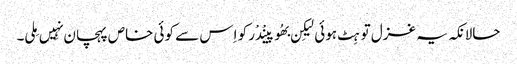
حالانکہ یہ غزل تو ہِٹ ہوئی لیکِن بھُوپینْدْر کو اِس سے کوئی خاص پہچان نہِیں مِلی۔